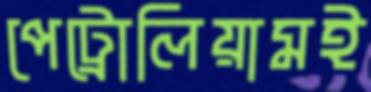
পেট্রোলিয়ামই